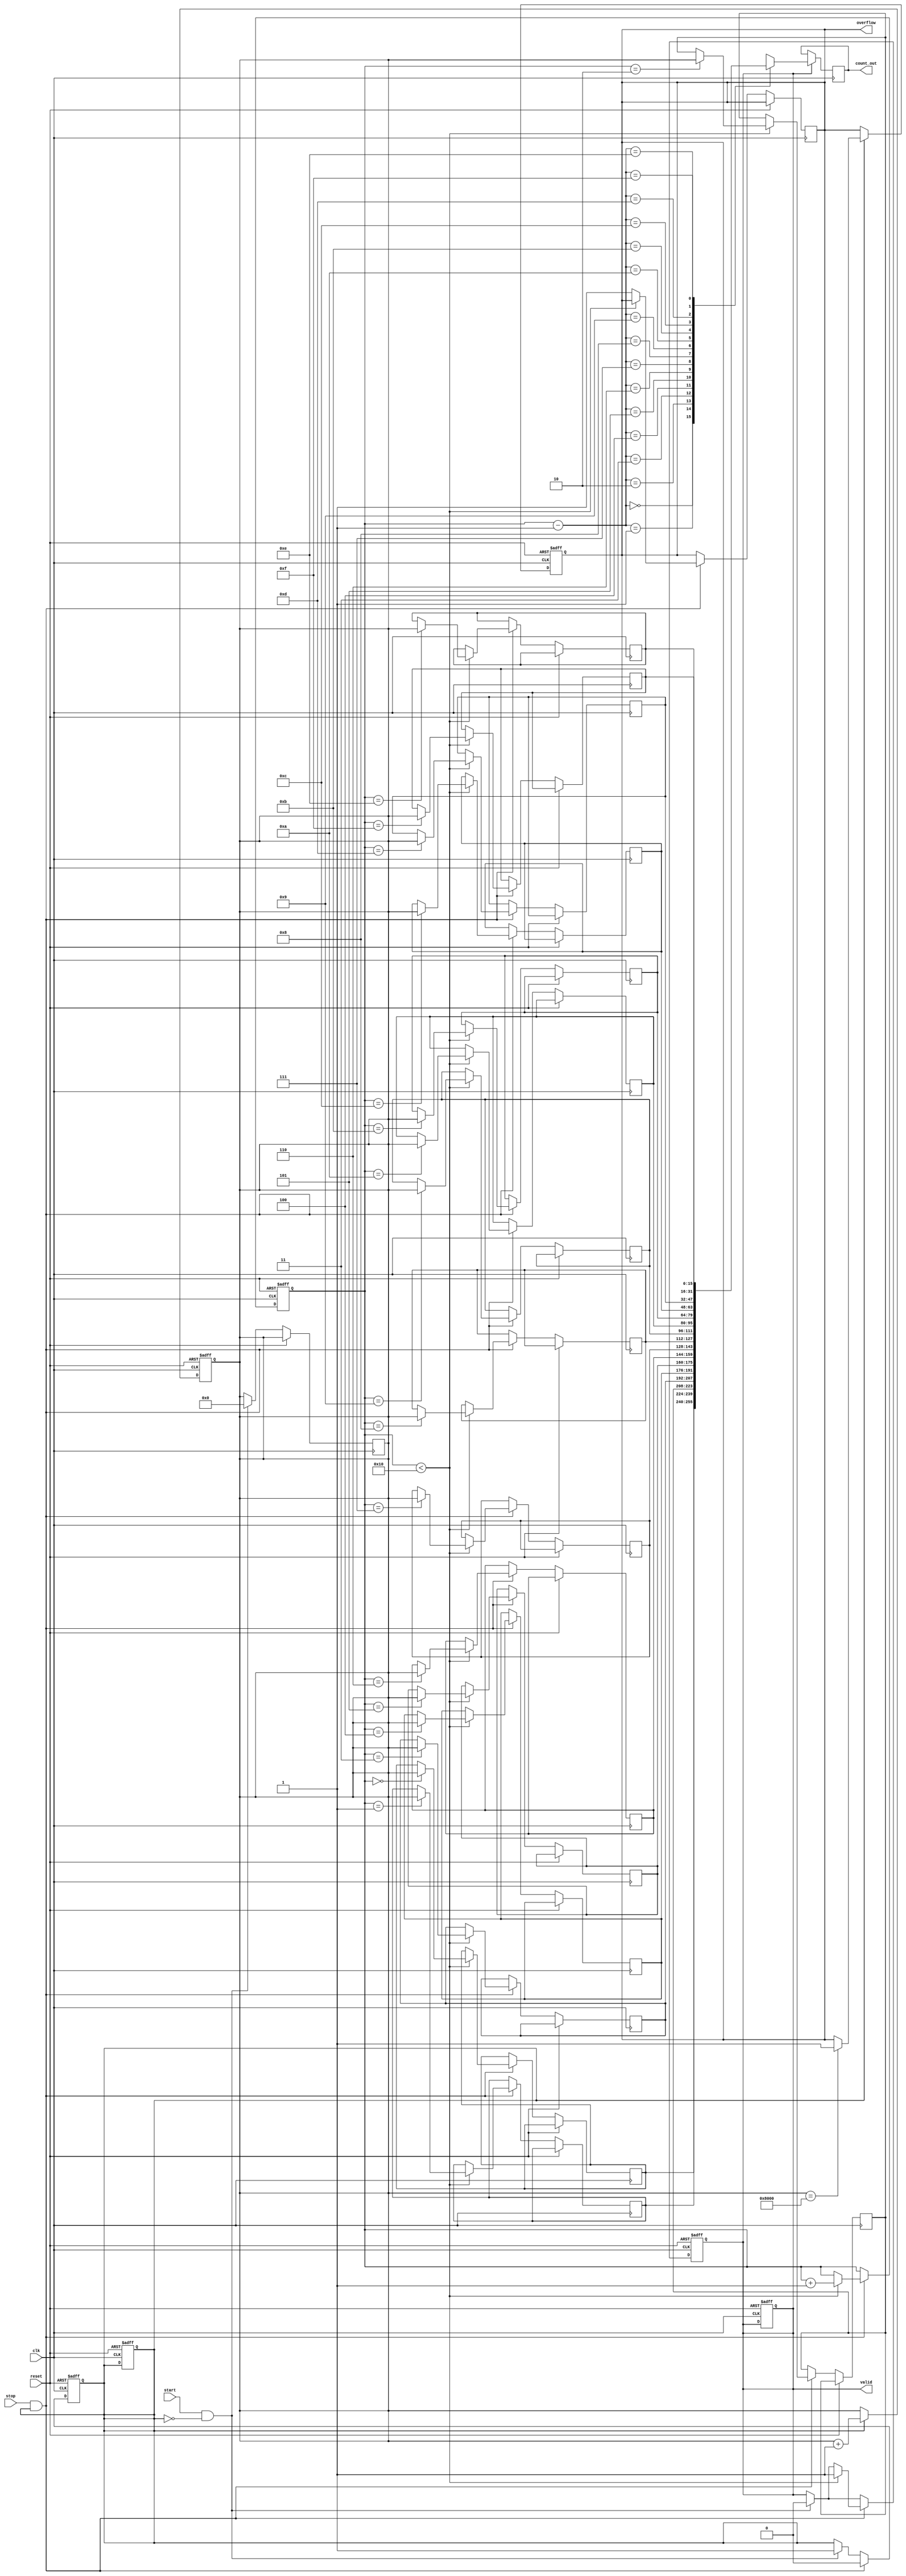
module TDC (
    input wire clk,          // Clock signal
    input wire reset,        // Reset signal
    input wire start,        // Start signal
    input wire stop,         // Stop signal
    output reg [15:0] count_out, // Output count value
    output reg valid,        // Valid data signal
    output reg overflow      // Overflow indication
);

    // Parameters
    parameter COUNTER_WIDTH = 16; // Width of the counter
    parameter MEMORY_DEPTH = 16;   // Depth of the memory block

    // Internal signals
    reg [COUNTER_WIDTH-1:0] counter; // Counter to measure time intervals
    reg [COUNTER_WIDTH-1:0] memory [0:MEMORY_DEPTH-1]; // Memory block
    reg [3:0] write_pointer; // Pointer for writing to memory
    reg counting; // State to indicate if counting is active

    // Initialize the system
    initial begin
        counter = 0;
        write_pointer = 0;
        valid = 0;
        overflow = 0;
        counting = 0;
    end

    // Counter logic
    always @(posedge clk or posedge reset) begin
        if (reset) begin
            counter <= 0;
            counting <= 0;
            valid <= 0;
            overflow <= 0;
        end else begin
            if (counting) begin
                counter <= counter + 1;
                // Check for overflow
                if (counter == {1'b1, {COUNTER_WIDTH-1{1'b0}}}) begin
                    overflow <= 1; // Indicate overflow
                end
            end
        end
    end

    // Control logic for Start and Stop signals
    always @(posedge clk or posedge reset) begin
        if (reset) begin
            counting <= 0;
            valid <= 0;
            write_pointer <= 0;
        end else begin
            if (start && !counting) begin
                counting <= 1; // Start counting
                counter <= 0;  // Reset counter
                valid <= 0;    // Reset valid signal
            end
            if (stop && counting) begin
                counting <= 0; // Stop counting
                if (write_pointer < MEMORY_DEPTH) begin
                    memory[write_pointer] <= counter; // Store count in memory
                    write_pointer <= write_pointer + 1; // Increment write pointer
                    valid <= 1; // Set valid signal
                end else begin
                    overflow <= 1; // Indicate overflow if memory is full
                end
            end
        end
    end

    // Output retrieval logic
    always @(posedge clk) begin
        if (valid) begin
            count_out <= memory[write_pointer - 1]; // Output the last stored count
        end
    end

endmodule